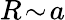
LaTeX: R\! \sim\! a